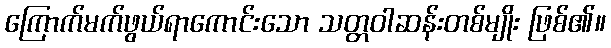
ကြောက်မက်ဖွယ်ရာကောင်းသော သတ္တဝါဆန်းတစ်မျိုး ဖြစ်၏။